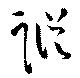
蹤